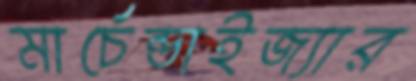
মার্চেন্ডাইজ্যার